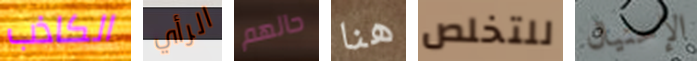
الكاذب الرأي حالهم هنا للتخلص الإحتيال